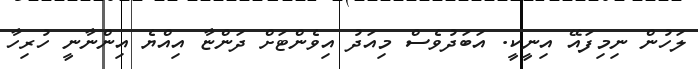
ލަހުން ނިމިފައޭ އިނީކީ. އަބަދުވެސް މިއަދު އިވެންޓަށް ދަންޏާ އިއްޔެ އިންނާނީ ހުރިހާ